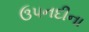
ઉપનદીના